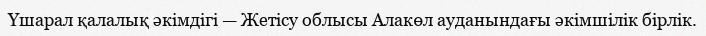
Үшарал қалалық әкімдігі — Жетісу облысы Алакөл ауданындағы әкімшілік бірлік.